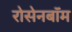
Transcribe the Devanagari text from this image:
रोसेनबॉम